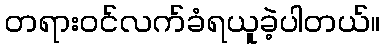
တရားဝင်လက်ခံရယူခဲ့ပါတယ်။